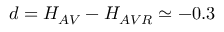
d = H _ { A V } - H _ { A V R } \simeq - 0 . 3